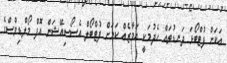
އަކަށް ފުޓްބޯޅަ ދަނޑުތައް ހެދުމަކީ އަމާޒެއް ކަމަށް ފުޓްބޯލް އެސޯސިއޭޝަން އޮފް މޯލްޑިވްސްގެ